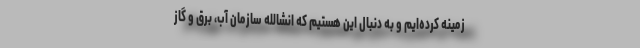
زمینه کرده‌ایم و به دنبال این هستیم که انشالله سازمان آب، برق و گاز